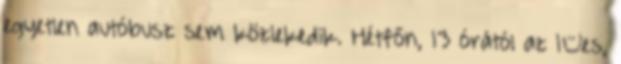
egyetlen autóbusz sem közlekedik. Hétfőn, 13 órától az 1–es,